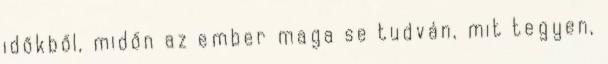
időkből, midőn az ember maga se tudván, mit tegyen,